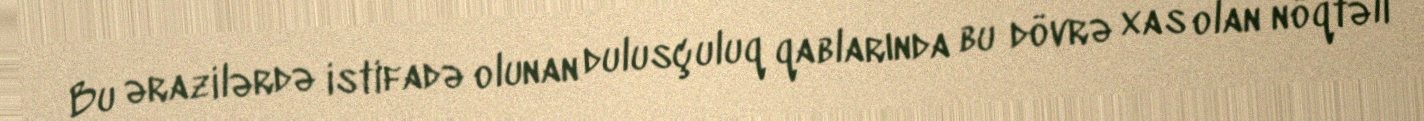
Bu ərazilərdə istifadə olunan dulusçuluq qablarında bu dövrə xas olan nöqtəli